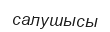
салушысы